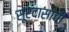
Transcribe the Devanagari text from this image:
सूरदासांची